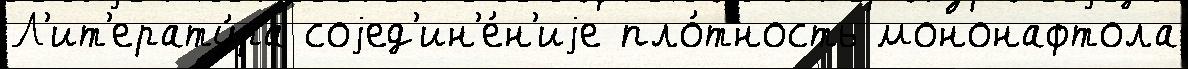
Л'ит'ерату́ра соjед'ин'е́н'иjе пло́тность мононафтола